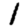
Digit: 1